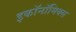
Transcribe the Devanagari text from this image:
इकॉनॉमिक्‍स